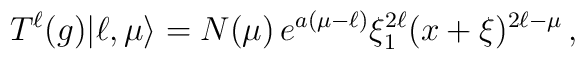
T^\ell(g)|\ell,\mu\rangle  = N(\mu)\, e^{a(\mu-\ell)} \xi_1^{2\ell}  (x+\xi)^{2\ell-\mu}\,,